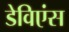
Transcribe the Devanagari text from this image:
डेविएंस